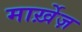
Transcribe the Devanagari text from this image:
मार्ख़ेज़